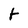
Character: t